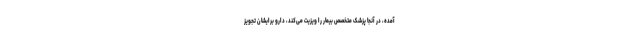
آمده، در آنجا پزشک متخصص بیمار را ویزیت می‌کند، دارو برایشان تجویز